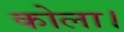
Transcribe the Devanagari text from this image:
कोला।